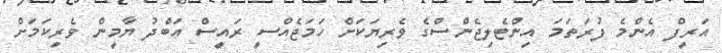
އަރީފް އެންމެ ފުރަތަމަ އިންޓެލިޖެންސްގެ ވެރިޔަކަށް ހަމަޖެއްސީ ރައީސް އަބްދު ޔާމީން ވެރިކަމަށް